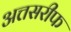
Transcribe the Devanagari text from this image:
अत्तसरीफ